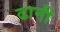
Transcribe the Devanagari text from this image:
ढानी